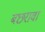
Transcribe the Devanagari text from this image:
बछरावा